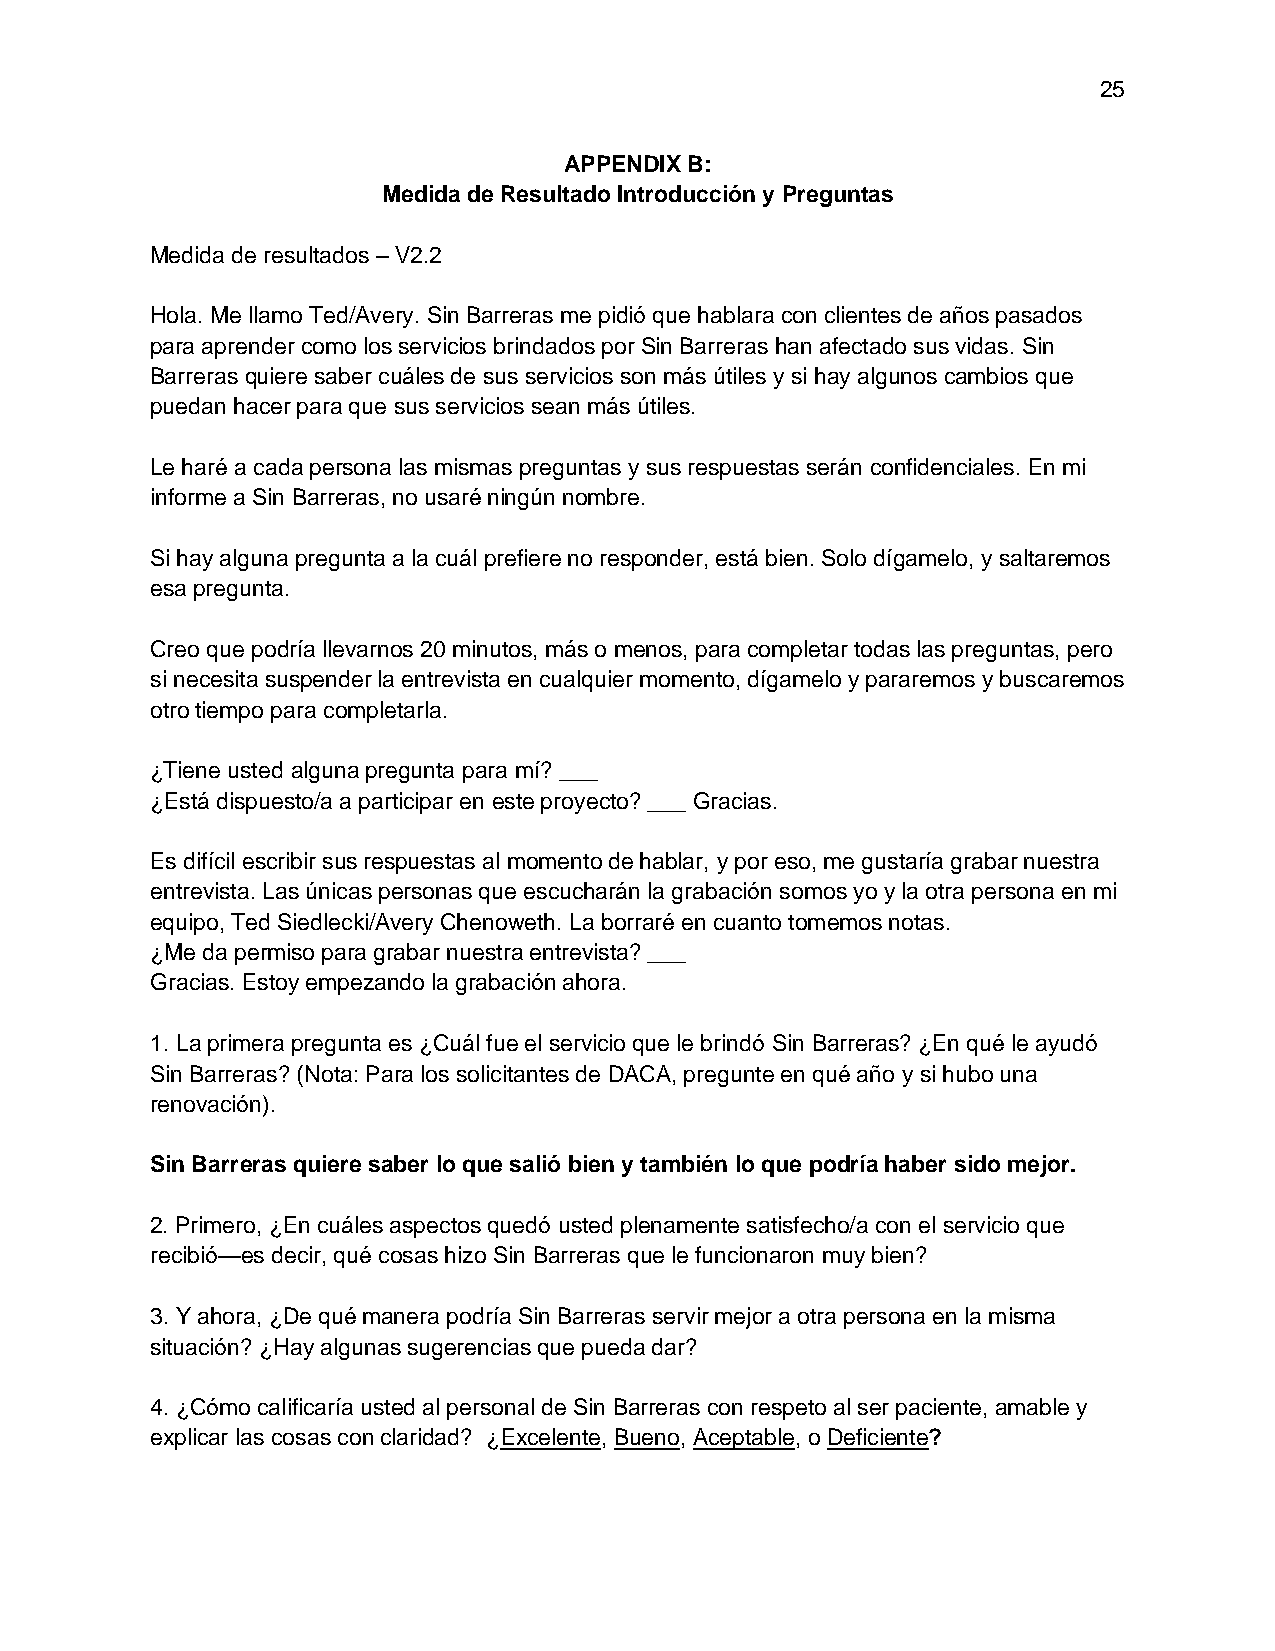
25
 APPENDIX B:
 Medida de Resultado Introducción y Preguntas
 Medida de resultados – V2.2
 Hola. Me llamo Ted/Avery. Sin Barreras me pidió que hablara con clientes de años pasados
 para aprender como los servicios brindados por Sin Barreras han afectado sus vidas. Sin
 Barreras quiere saber cuáles de sus servicios son más útiles y si hay algunos cambios que
 puedan hacer para que sus servicios sean más útiles.
 Le haré a cada persona las mismas preguntas y sus respuestas serán confidenciales. En mi
 informe a Sin Barreras, no usaré ningún nombre.
 Si hay alguna pregunta a la cuál prefiere no responder, está bien. Solo dígamelo, y saltaremos
 esa pregunta.
 Creo que podría llevarnos 20 minutos, más o menos, para completar todas las preguntas, pero
 si necesita suspender la entrevista en cualquier momento, dígamelo y pararemos y buscaremos
 otro tiempo para completarla.
 ¿Tiene usted alguna pregunta para mí? ___
 ¿Está dispuesto/a a participar en este proyecto? ___ Gracias.
 Es difícil escribir sus respuestas al momento de hablar, y por eso, me gustaría grabar nuestra
 entrevista. Las únicas personas que escucharán la grabación somos yo y la otra persona en mi
 equipo, Ted Siedlecki/Avery Chenoweth. La borraré en cuanto tomemos notas.
 ¿Me da permiso para grabar nuestra entrevista? ___
 Gracias. Estoy empezando la grabación ahora.
 1. La primera pregunta es ¿Cuál fue el servicio que le brindó Sin Barreras? ¿En qué le ayudó
 Sin Barreras? (Nota: Para los solicitantes de DACA, pregunte en qué año y si hubo una
 renovación).
 Sin Barreras quiere saber lo que salió bien y también lo que podría haber sido mejor.
 2. Primero, ¿En cuáles aspectos quedó usted plenamente satisfecho/a con el servicio que
 recibió—es decir, qué cosas hizo Sin Barreras que le funcionaron muy bien?
 3. Y ahora, ¿De qué manera podría Sin Barreras servir mejor a otra persona en la misma
 situación? ¿Hay algunas sugerencias que pueda dar?
 4. ¿Cómo calificaría usted al personal de Sin Barreras con respeto al ser paciente, amable y
 explicar las cosas con claridad? ¿Excelente, Bueno, Aceptable, o Deficiente?